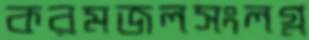
করমজলসংলগ্ন